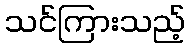
သင်ကြားသည့်